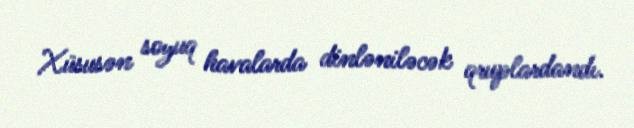
Xüsusən soyuq havalarda dinləniləcək qruplardandı.